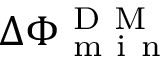
\Delta \Phi _ { \mathrm { ~ m ~ i ~ n ~ } } ^ { \mathrm { ~ D ~ M ~ } }